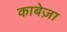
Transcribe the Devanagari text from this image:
काबेज़ा